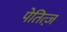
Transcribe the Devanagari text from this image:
पेतित्ज़